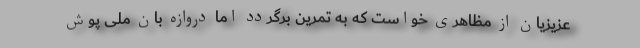
عزیزیان از مظاهری خواست که به تمرین برگردد اما دروازه بان ملی پوش